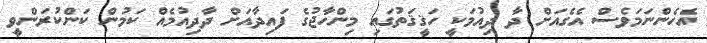
އެހެންނަމަވެސް އެގެއަށް ދާ ދިއުމަކީ ހަޤީޤަތުގައި މިންހާޖުގެ ފައިދާއަށް ދާދިއުމެއް ކަމުން ކަންކުރަންވީ